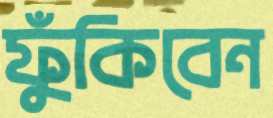
ফুঁকিবেন